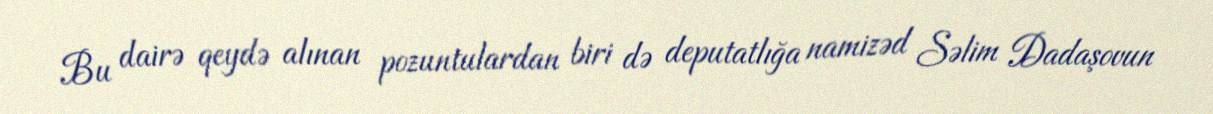
Bu dairə qeydə alınan pozuntulardan biri də deputatlığa namizəd Səlim Dadaşovun